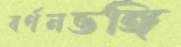
বর্ণনভঙ্গি